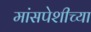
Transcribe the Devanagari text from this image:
मांसपेशीच्या